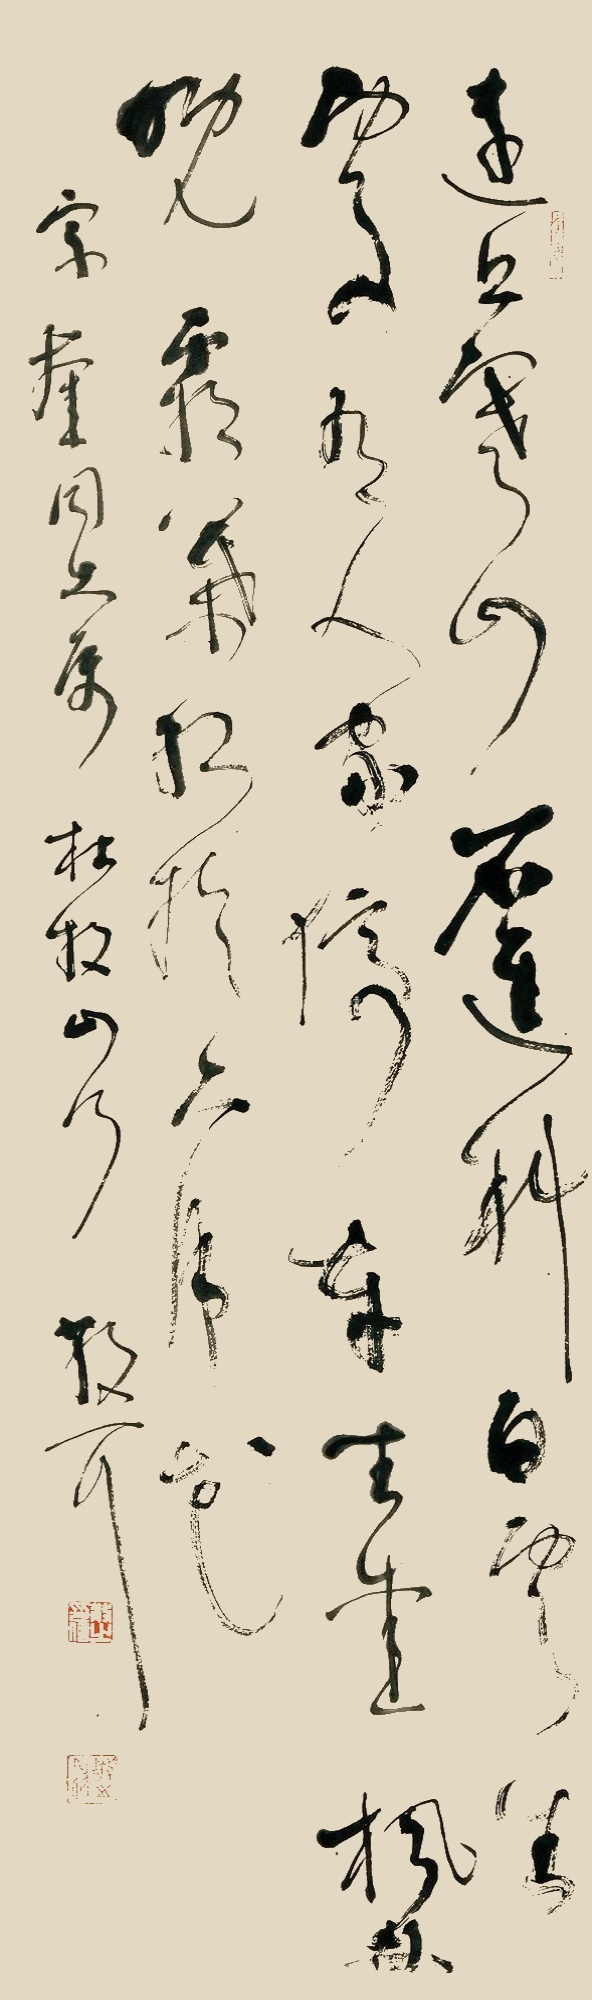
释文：远上寒山石径斜，白云生处有人家。停车坐爱枫林晚，霜叶红于二月花。宗奎同志属，杜牧山行，散之。